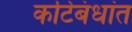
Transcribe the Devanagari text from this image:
कटिबंधांत